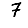
Digit: 7